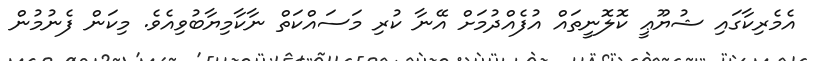
އެމެރިކާގައި ޝުޔޫޢީ ކޮލޮނީތައް އުފެއްދުމަށް އޭނާ ކުރި މަސައްކަތް ނާކާމިޔާބުވިއެވެ. މިކަން ފެނުމުން